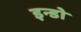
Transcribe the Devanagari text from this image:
इन्डो